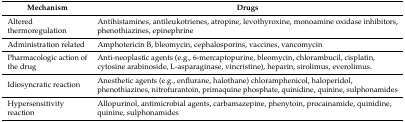
| Mechanism | Drugs |
 | --- | --- |
 | Altered thermoregulation | Antihistamines, antileukotrienes, atropine, levothyroxine, monoamine oxidase inhibitors, phenothiazines, epinephrine |
 | Administration related | Amphotericin B, bleomycin, cephalosporins, vaccines, vancomycin |
 | Pharmacologic action of the drug | Anti-neoplastic agents (e.g., 6-mercaptopurine, bleomycin, chlorambucil, cisplatin, cytosine arabinoside, L-asparaginase, vincristine), heparin, sirolimus, everolimus. |
 | Idiosyncratic reaction | Anesthetic agents (e.g., enflurane, halothane) chloramphenicol, haloperidol, phenothiazines, nitrofurantoin, primaquine phosphate, quinidine, quinine, sulphonamides |
 | Hypersensitivity reaction | Allopurinol, antimicrobial agents, carbamazepine, phenytoin, procainamide, quinidine, quinine, sulphonamides |